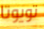
تويوتا